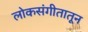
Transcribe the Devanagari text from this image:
लोकसंगीतातून